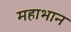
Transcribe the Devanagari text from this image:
महाभान